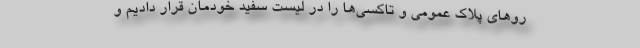
رو‌های پلاک عمومی و تاکسی‌ها را در لیست سفید خودمان قرار دادیم و